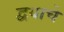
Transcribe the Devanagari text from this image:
द्वयाचे